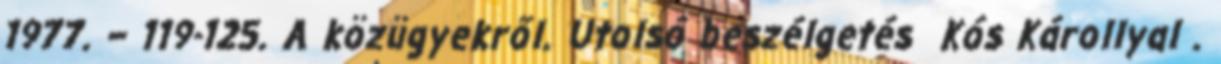
1977. – 119-125. A közügyekről. Utolsó beszélgetés Kós Károllyal .